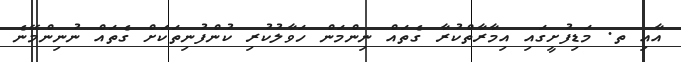
އާއި ތ. މަޑިފުށީގައި އިމާރާތްކުރާ ގެތައް ނިންމަން ހަވާލުކުރި ކުންފުނިތަކަށް ގެތައް ނުނިންމޭނެ